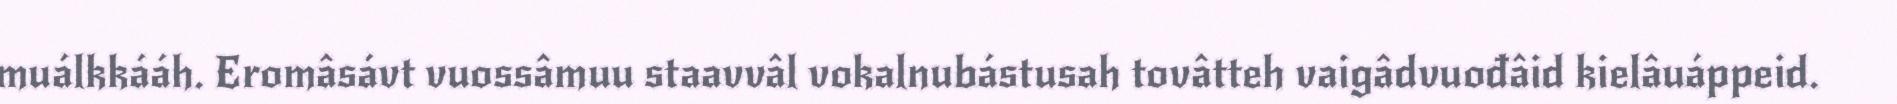
muálkkááh. Eromâsávt vuossâmuu staavvâl vokalnubástusah tovâtteh vaigâdvuođâid kielâuáppeid.